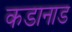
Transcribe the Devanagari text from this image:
कडानाड